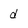
Character: d